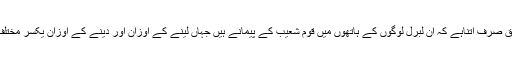
بس فرق صرف اتناہے کہ ان لبرل لوگوں کے ہاتھوں میں قوم شعیب کے پیمانے ہیں جہاں لینے کے اوزان اور دینے کے اوزان یکسر مختلف ہیں ۔